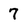
Character: 7